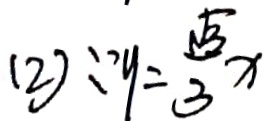
( 2 ) \because y = \frac { \sqrt { 3 } } { 3 } x